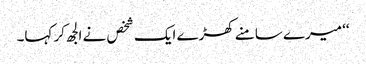
‘‘ میرے سامنے کھڑے ایک شخص نے الجھ کر کہا۔